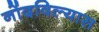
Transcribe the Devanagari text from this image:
नोंदविल्यास